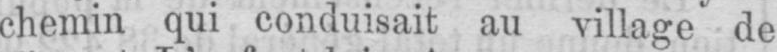
chemin qui conduisait au village de